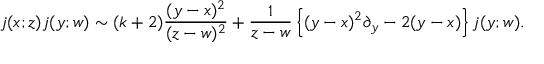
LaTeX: j ( x ; z ) j ( y ; w ) \sim ( k + 2 ) \frac { ( y - x ) ^ { 2 } } { ( z - w ) ^ { 2 } } + \frac { 1 } { z - w } \left\{ ( y - x ) ^ { 2 } \partial _ { y } - 2 ( y - x ) \right\} j ( y ; w ) .